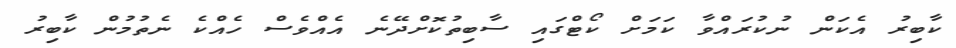
ކާބިރު އެކަން ނުކުރައްވާ ކަމަށް ކޯޓްގައި ސާބިތުކޮށްދޭނެ އެއްވެސް ހެއްކެ ނެތުމުން ކާބިރު